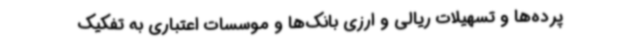
پرده‌ها و تسهیلات ریالی و ارزی بانک‌ها و موسسات اعتباری به تفکیک